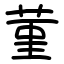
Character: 菫